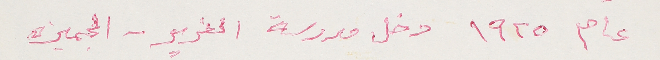
عام ١٩٢٥ دخل مدرسة الفرير - الجميزه